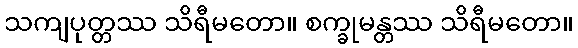
သကျပုတ္တဿ သိရီမတော။ စက္ခုမန္တဿ သိရီမတော။